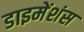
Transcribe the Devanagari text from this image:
डाइमेंशंस